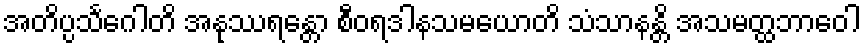
အတိပ္ပသင်္ဂေါတိ အနုဿရန္တော စီဝရဒါနသမယောတိ သံသာနန္တိ အသမတ္ထဘာဝေါ